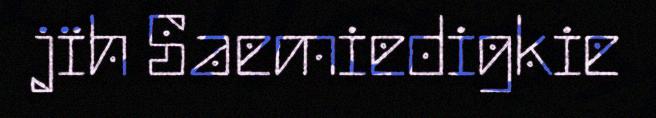
jïh Saemiedigkie